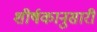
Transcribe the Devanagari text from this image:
शीर्षकानुसारी